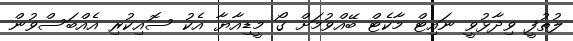
ލުތުފީ ވިދާޅުވީ ނައިޓް މާކެޓް ބޭއްވުމަށް ގޯ މީޑިއާޔާ އެކު ސޮއިކުރި އެއްބަސްވުން